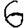
Digit: 6